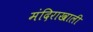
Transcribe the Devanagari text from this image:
मंदिराखाली